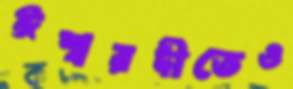
ঈশ্বরদীতেও